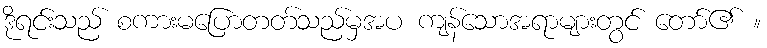
ဒိုရင်းသည် စကားမပြောတတ်သည်မှအပ ကျန်သောအရာများတွင် တော်၏ ။